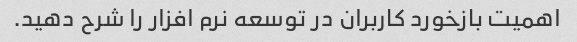
اهمیت بازخورد کاربران در توسعه نرم افزار را شرح دهید.